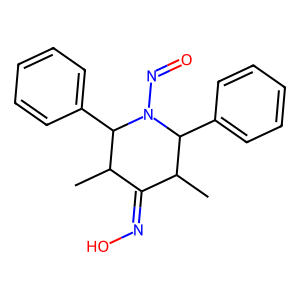
SMILES: CC1C(=NO)C(C)C(c2ccccc2)N(N=O)C1c1ccccc1
Inhibits HIV replication: No